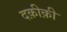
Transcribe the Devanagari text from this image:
दक़ीक़ी